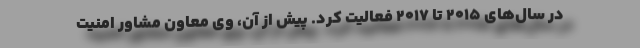
در سال‌های ۲۰۱۵ تا ۲۰۱۷ فعالیت کرد. پیش از آن، وی معاون مشاور امنیت